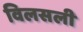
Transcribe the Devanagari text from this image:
विलसली